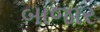
બાજાર